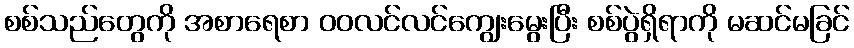
စစ်သည်တွေကို အစာရေစာ ဝဝလင်လင်ကျွေးမွေးပြီး စစ်ပွဲရှိရာကို မဆင်မခြင်